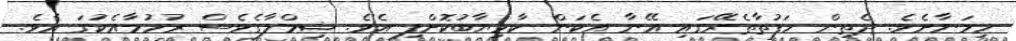
ހިމަނާށެވެ. ދެތިން ހަފުތާތެރޭގައި އޭނާ އެކަން ކާމިޔާބުކޮށްފި އެވެ. ޝިމްލާގެވެސް ރުހުމާއެކުގަ އެވެ.